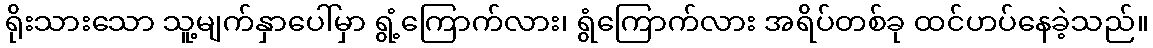
ရိုးသားသော သူ့မျက်နှာပေါ်မှာ ရွံ့ကြောက်လား၊ ရွံကြောက်လား အရိပ်တစ်ခု ထင်ဟပ်နေခဲ့သည်။